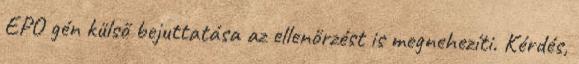
EPO gén külső bejuttatása az ellenőrzést is megnehezíti. Kérdés,